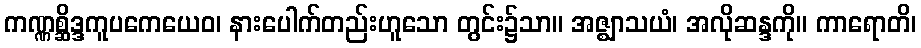
ကဏ္ဏစ္ဆိဒ္ဒကူပကေယေဝ၊ နားပေါက်တည်းဟူသော တွင်း၌သာ။ အဇ္ဈာသယံ၊ အလိုဆန္ဒကို။ ကာရောတိ၊